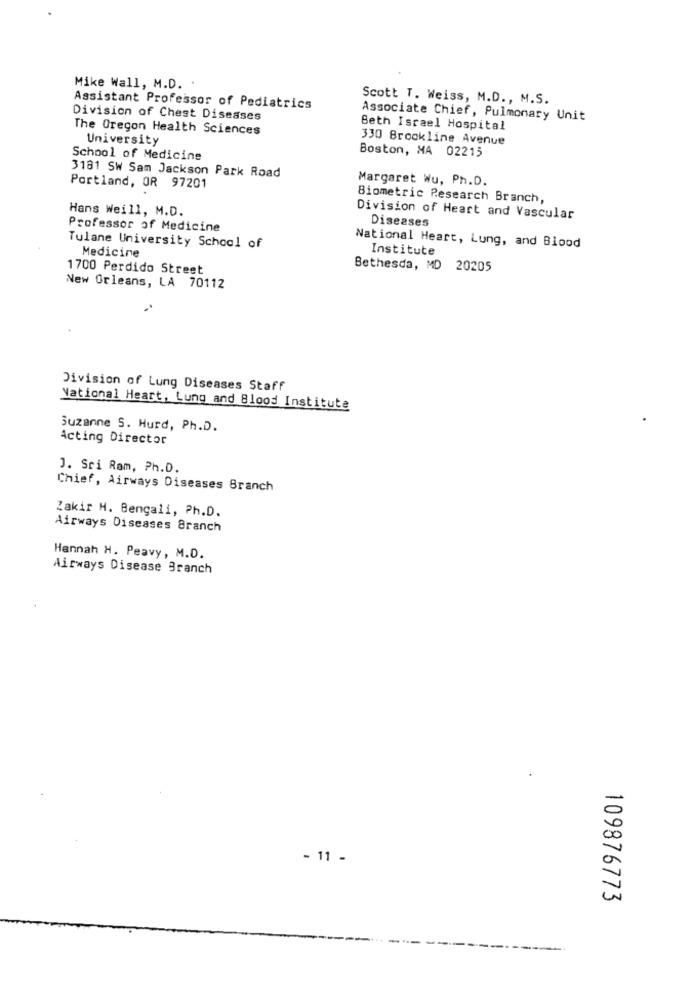
Mike Wall, M.D.
Scott T. Weiss, M.D ., M.S.
Assistant Professor of Pediatrics
Division of Chest Diseases
Associate Chief, Pulmonary Unit
The Oregon Health Sciences
Beth Israel Hospital
University
330 Brookline Avenue
School of Medicine
Boston, MA 02215
3181 SW Sam Jackson Park Road
Margaret Wu, Ph.D.
Portland, OR 97201
Biometric Research Branch,
Hans Weill, M.D.
Division of Heart and Vascular
Diseases
Professor of Medicine
Tulane University School of
Medicine
National Heart, Lung, and Blood
Institute
1700 Perdido Street
Bethesda, MD 20205
New Orleans, LA 70112
Division of Lung Diseases Staff
National Heart, Lung and Blood Institute
Suzanne S. Hurd, Ph.D.
Acting Director
J. Sri Ram, Ph.D.
Chief, Airways Diseases Branch
Zakir H. Bengali, Ph.D.
Airways Diseases Branch
Hannah H. Peavy, M.D.
Airways Disease Branch
- 11 -
109876773